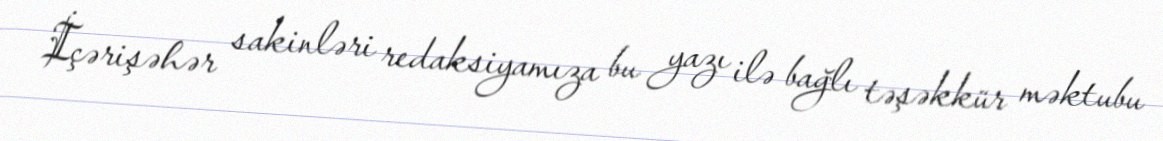
İçərişəhər sakinləri redaksiyamıza bu yazı ilə bağlı təşəkkür məktubu